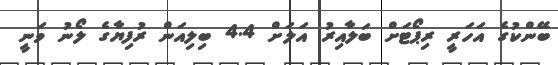
ބޭންކުގެ އަހަރީ ރިޕޯޓަށް ބަލާއިރު އަލަށް 4.4 ބިލިއަން ރުފިޔާގެ ލޯނު ވަނީ